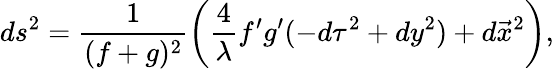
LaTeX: ds^{2}=\frac{1}{(f+g)^{2}}\left(\frac{4}{\lambda}f^{\prime}g^{\prime}(-d\tau^{2}+dy^{2})+d\vec{x}^{2}\right),